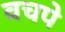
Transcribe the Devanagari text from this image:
वचपे